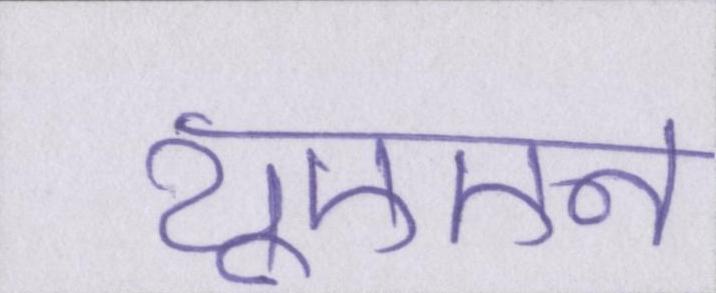
यूएएन